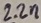
Text: 2.2n